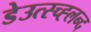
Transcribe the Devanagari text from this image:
डेउत्स्च्ह्लन्द